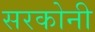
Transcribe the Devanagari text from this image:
सरकोनी